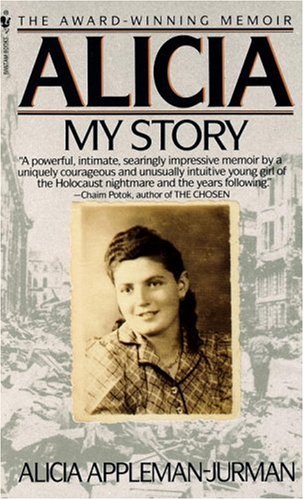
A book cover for Alicia; Alicia Appleman-Jurman; Biographies & Memoirs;